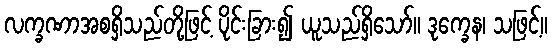
လက္ခဏာအစရှိသည်တို့ဖြင့် ပိုင်းခြား၍ ယူသည်ရှိသော်။ ဒုက္ခေန၊ သဖြင့်။